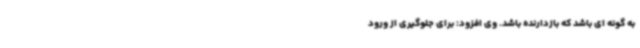
به گونه ای باشد که بازدارنده باشد. وی افزود: برای جلوگیری از ورود